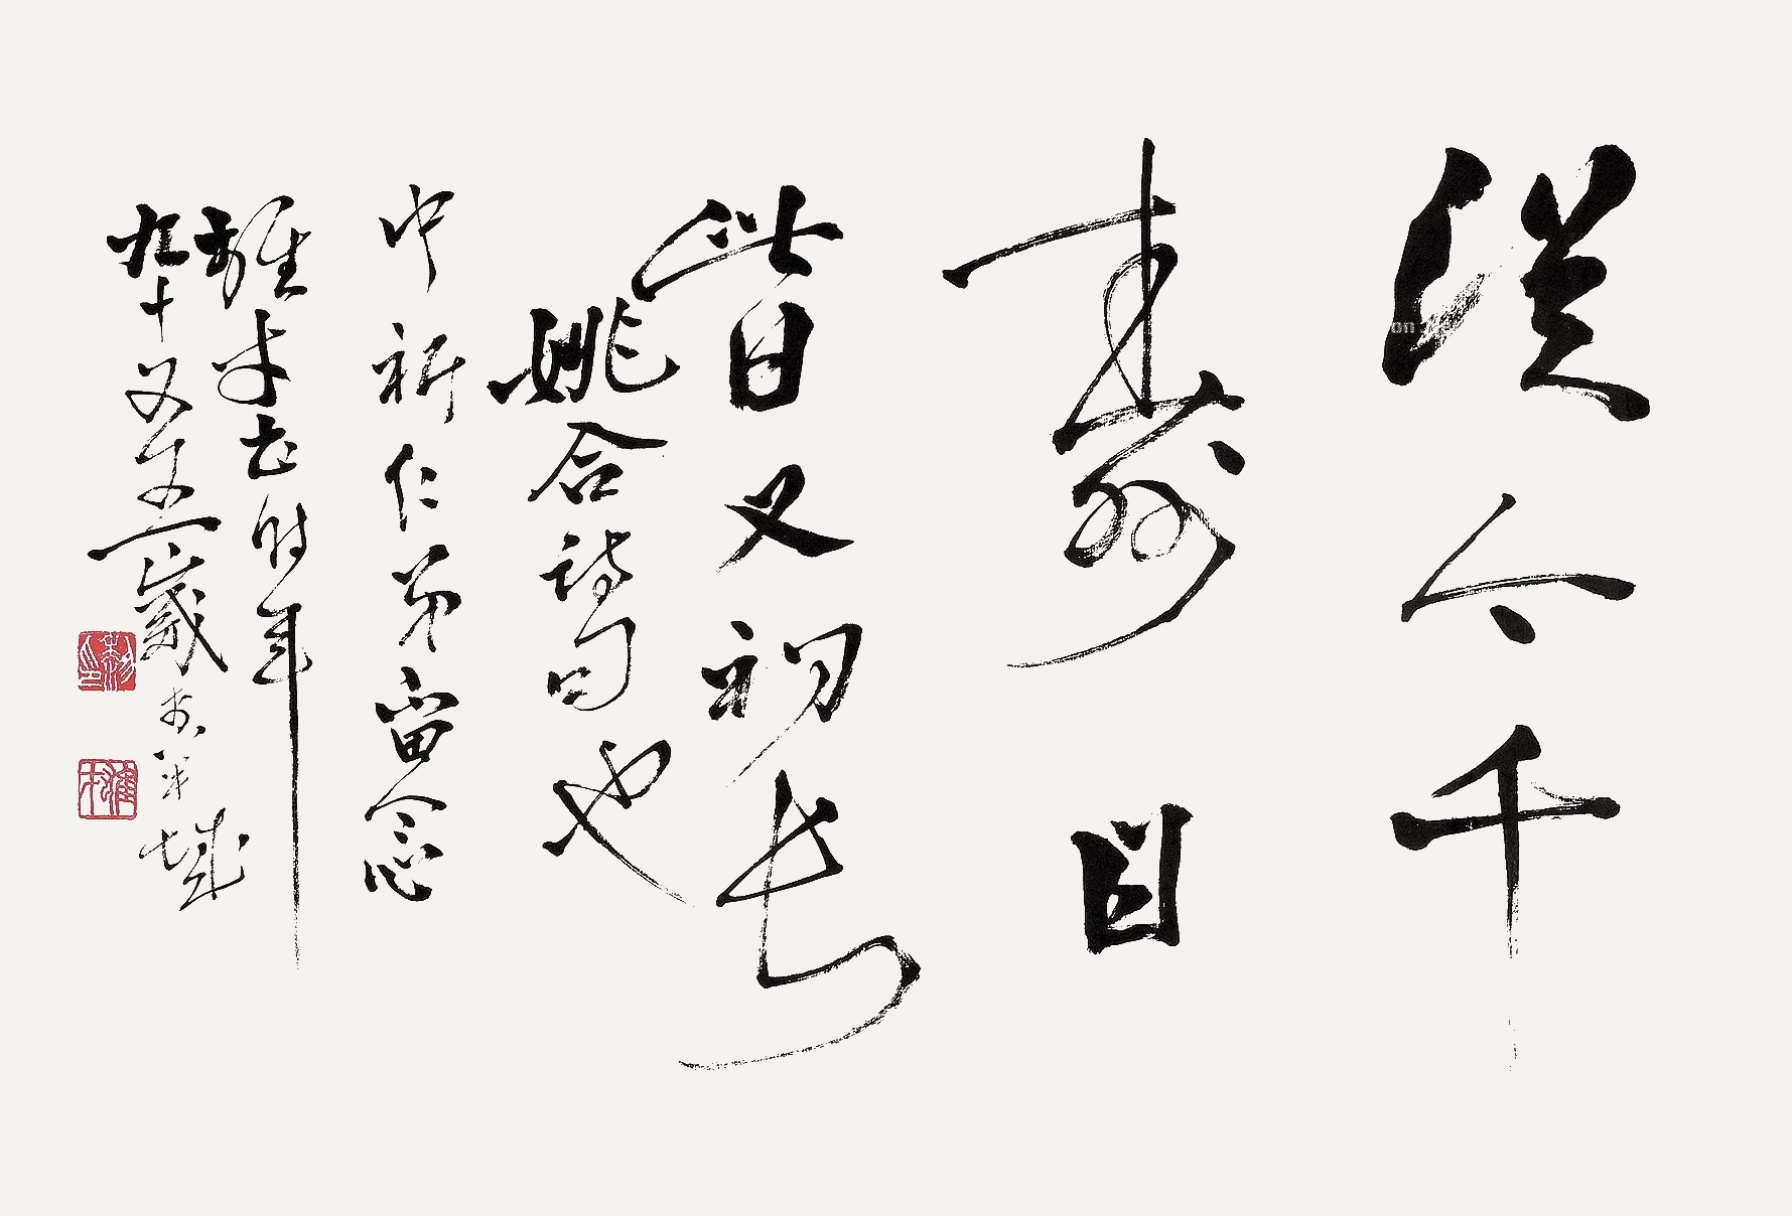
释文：从今千寿日，此日又初长。姚合诗句也，中祈仁弟留念，雄才书时年九十又五岁于羊城。